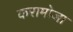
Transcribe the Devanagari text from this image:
करामोजा